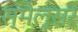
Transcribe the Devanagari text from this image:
स्मेल्सर